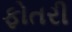
ફોતરી